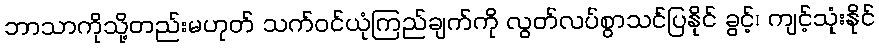
ဘာသာကိုသို့တည်းမဟုတ် သက်ဝင်ယုံကြည်ချက်ကို လွတ်လပ်စွာသင်ပြနိုင် ခွင့်၊ ကျင့်သုံးနိုင်